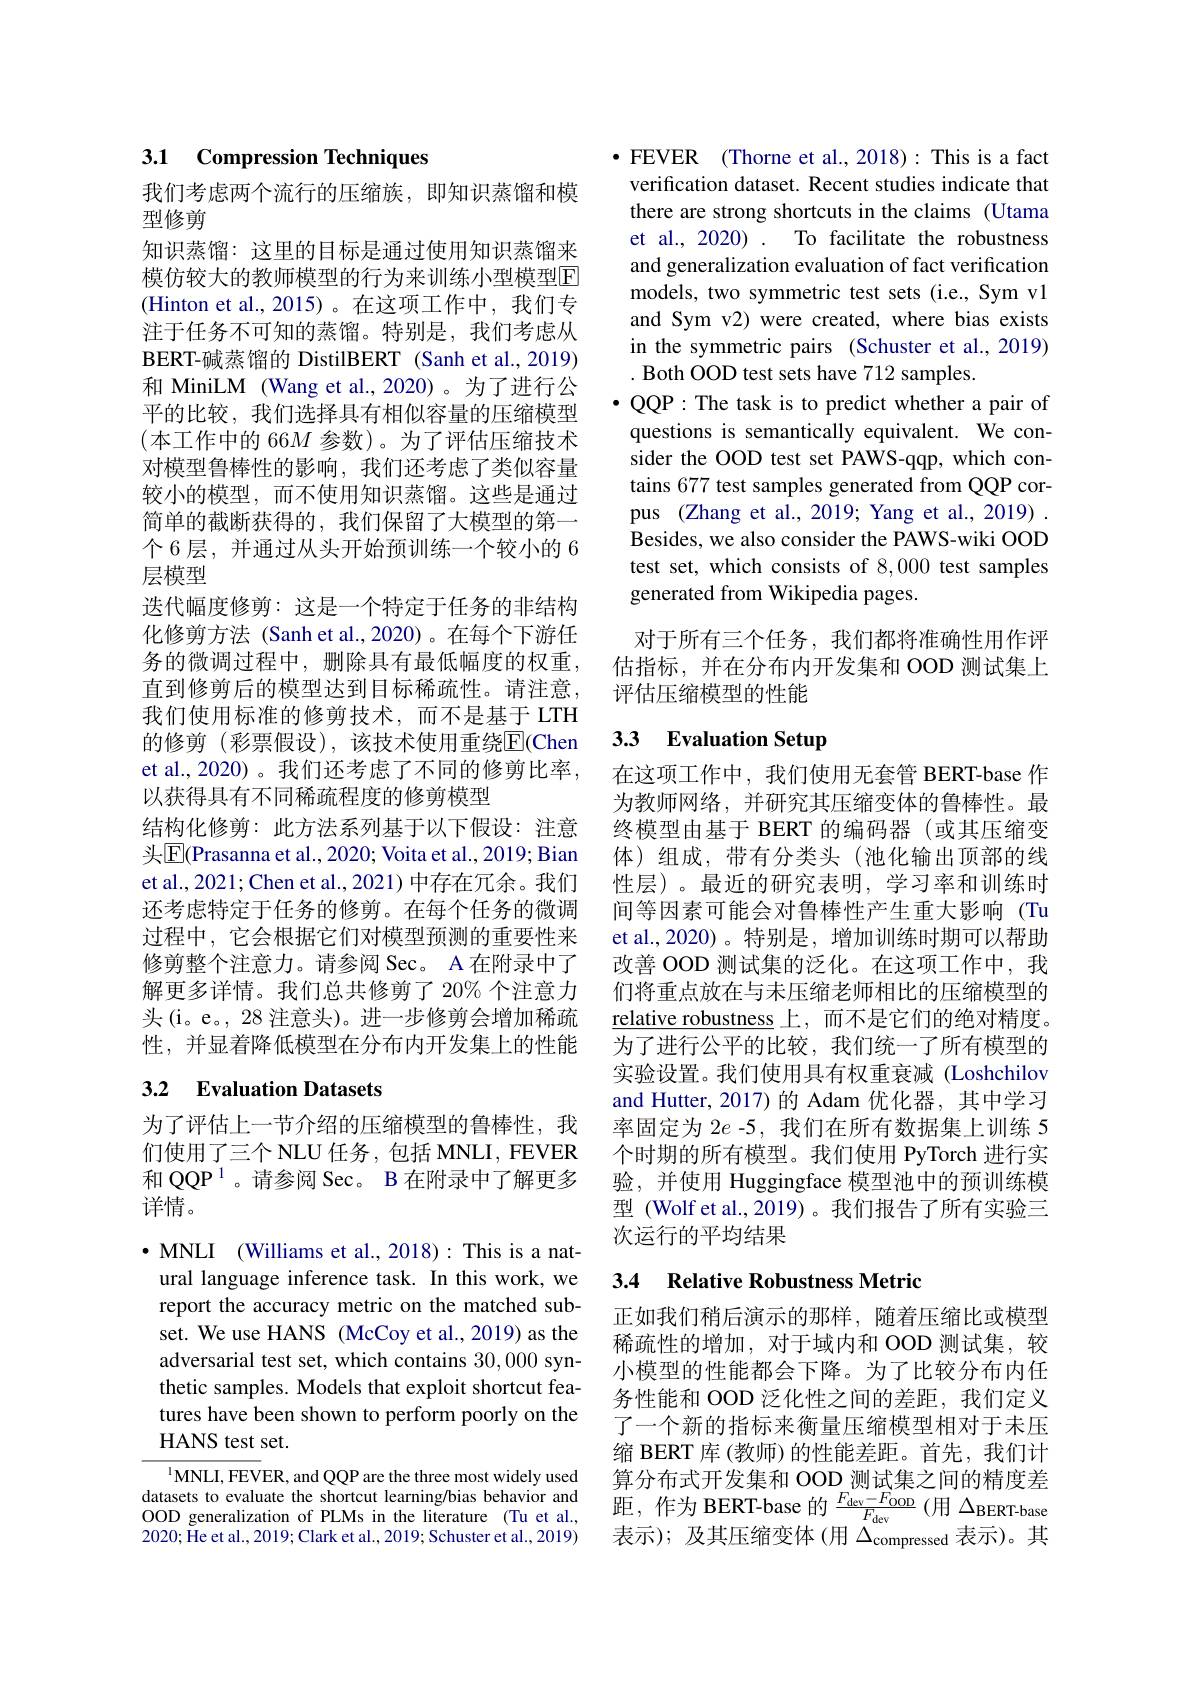
# 3.1 Compression Techniques

我们考虑两个流行的压缩族，即知识蒸馏和模
型修剪
知识蒸馏：这里的目标是通过使用知识蒸馏来模仿较大的教师模型的行为来训练小型模型$\mathbb{E}$ (Hinton et al.,2015)。在这项工作中，我们专注于任务不可知的蒸馏。特别是，我们考虑从BERT-碱蒸馏的 DistilBERT (Sanh et al.,2019) 和 MiniLM (Wang et al.,2020)。为了进行公平的比较，我们选择具有相似容量的压缩模型(本工作中的 66$M$ 参数)。为了评估压缩技术对模型鲁棒性的影响，我们还考虑了类似容量较小的模型，而不使用知识蒸馏。这些是通过简单的截断获得的，我们保留了大模型的第一个6层，并通过从头开始预训练一个较小的 6层模型
迭代幅度修剪：这是一个特定于任务的非结构化修剪方法 (Sanh et al.,2020)。在每个下游任务的微调过程中，删除具有最低幅度的权重， 直到修剪后的模型达到目标稀疏性。请注意， 我们使用标准的修剪技术，而不是基于 LTH 的修剪 (彩票假设),该技术使用重绕$\overline{\mathrm{F}}$(Chen et al.,2020)。我们还考虑了不同的修剪比率， 以获得具有不同稀疏程度的修剪模型
结构化修剪：此方法系列基于以下假设：注意头$\overline{\mathrm{E}}$(Prasanna et al., 2020; Voita et al., 2019; Bian et al., 2021; Chen et al., 2021) 中存在冗余。我们还考虑特定于任务的修剪。在每个任务的微调过程中，它会根据它们对模型预测的重要性来修剪整个注意力。请参阅 Sec。A 在附录中了解更多详情。我们总共修剪了 20% 个注意力头(i。e。, 28 注意头)。进一步修剪会增加稀疏性，并显着降低模型在分布内开发集上的性能

## 3.2 Evaluation Datasets

为了评估上一节介绍的压缩模型的鲁棒性，我们使用了三个 NLU 任务，包括 MNLI, FEVER 和 QQP $^{1}$。请参阅 Sec。B 在附录中了解更多详情。

$\cdot$ MNLI (Williams et al., 2018): This is a nat-
ural language inference task. In this work, we report the accuracy metric on the matched subset. We use HANS (McCoy et al., 2019) as the adversarial test set, which contains 30,000 synthetic samples. Models that exploit shortcut features have been shown to perform poorly on the HANS test set.

$^{1}$MNLI, FEVER, and QQP are the three most widely used datasets to evaluate the shortcut learning/bias behavior and OOD generalization of PLMs in the literature (Tu et al., 2020;He et al., 2019; Clark et al., 2019; Schuster et al., 2019)

$•$ FEVER (Thorne et al., 2018): This is a fact verification dataset. Recent studies indicate that there are strong shortcuts in the claims (Utama et al., 2020) . To facilitate the robustness and generalization evaluation of fact verification models, two symmetric test sets (i.e., Sym v1 and Sym v2) were created, where bias exists in the symmetric pairs (Schuster et al., 2019) . Both OOD test sets have 712 samples.
$\bullet$QQP: The task is to predict whether a pair of questions is semantically equivalent. We consider the OOD test set PAWS-qqp, which contains 677 test samples generated from QQP corpus (Zhang et al., 2019; Yang et al., 2019) . Besides, we also consider the PAWS-wiki OOD test set, which consists of 8,000 test samples generated from Wikipedia pages.

对于所有三个任务，我们都将准确性用作评估指标，并在分布内开发集和 OOD 测试集上评估压缩模型的性能

# 3.3 Evaluation Setup

在这项工作中，我们使用无套管 BERT-base 作为教师网络，并研究其压缩变体的鲁棒性。最终模型由基于 BERT 的编码器 (或其压缩变体)组成，带有分类头(池化输出顶部的线性层)。最近的研究表明，学习率和训练时间等因素可能会对鲁棒性产生重大影响(Tu et al.,2020)。特别是，增加训练时期可以帮助改善 OOD 测试集的泛化。在这项工作中，我们将重点放在与未压缩老师相比的压缩模型的$\underline{\text{relative robustness}}\underline{\text{上，而不是它们的绝对精度。}}$ 为了进行公平的比较，我们统一了所有模型的实验设置。我们使用具有权重衰减(Loshchilov and Hutter, 2017) 的 Adam 优化器，其中学习率固定为 2$e$ -5, 我们在所有数据集上训练 5个时期的所有模型。我们使用 PyTorch 进行实验，并使用 Huggingface 模型池中的预训练模型 (Wolf et al., 2019)。我们报告了所有实验三次运行的平均结果

## 3.4 Relative Robustness Metric

正如我们稍后演示的那样，随着压缩比或模型稀疏性的增加，对于域内和 OOD 测试集，较小模型的性能都会下降。为了比较分布内任务性能和 OOD 泛化性之间的差距，我们定义了一个新的指标来衡量压缩模型相对于未压缩 BERT 库 (教师) 的性能差距。首先，我们计算分布式开发集和 OOD 测试集之间的精度差距，作为 BERT-base 的$\frac{F_{\mathrm{dev}}-F_{\mathrm{OOD}}}{F_{\mathrm{dev}}}\left(\text{用 }\Delta_{\mathrm{BERT-bas}}\right)$ 表示); 及其压缩变体 (用$\Delta_\mathrm{compressed}$表示)。其